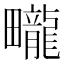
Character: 𤳽